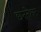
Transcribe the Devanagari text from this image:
छतनेश्वर